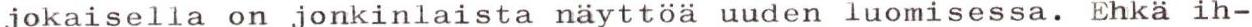
jokaisella on jonkinlaista näyttöä uuden luomisessa. Ehkä ih-